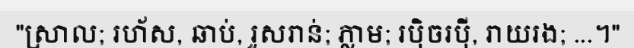
"ស្រាល; រហ័ស, ឆាប់, រួសរាន់; ភ្លាម; រប៉ិចរប៉ី, រាយរង; ...។"